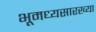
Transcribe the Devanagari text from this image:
भूमध्यसारख्या